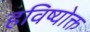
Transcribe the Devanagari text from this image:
हविष्योक्त